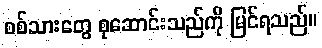
စစ်သားတွေ စုဆောင်းသည်ကို မြင်ရသည်။